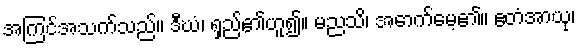
အကြင်အသက်သည်။ ဒီဃံ၊ ရှည်၏ဟူ၍။ မညသိ၊ အောက်မေ့၏။ ဧတံအာယု၊